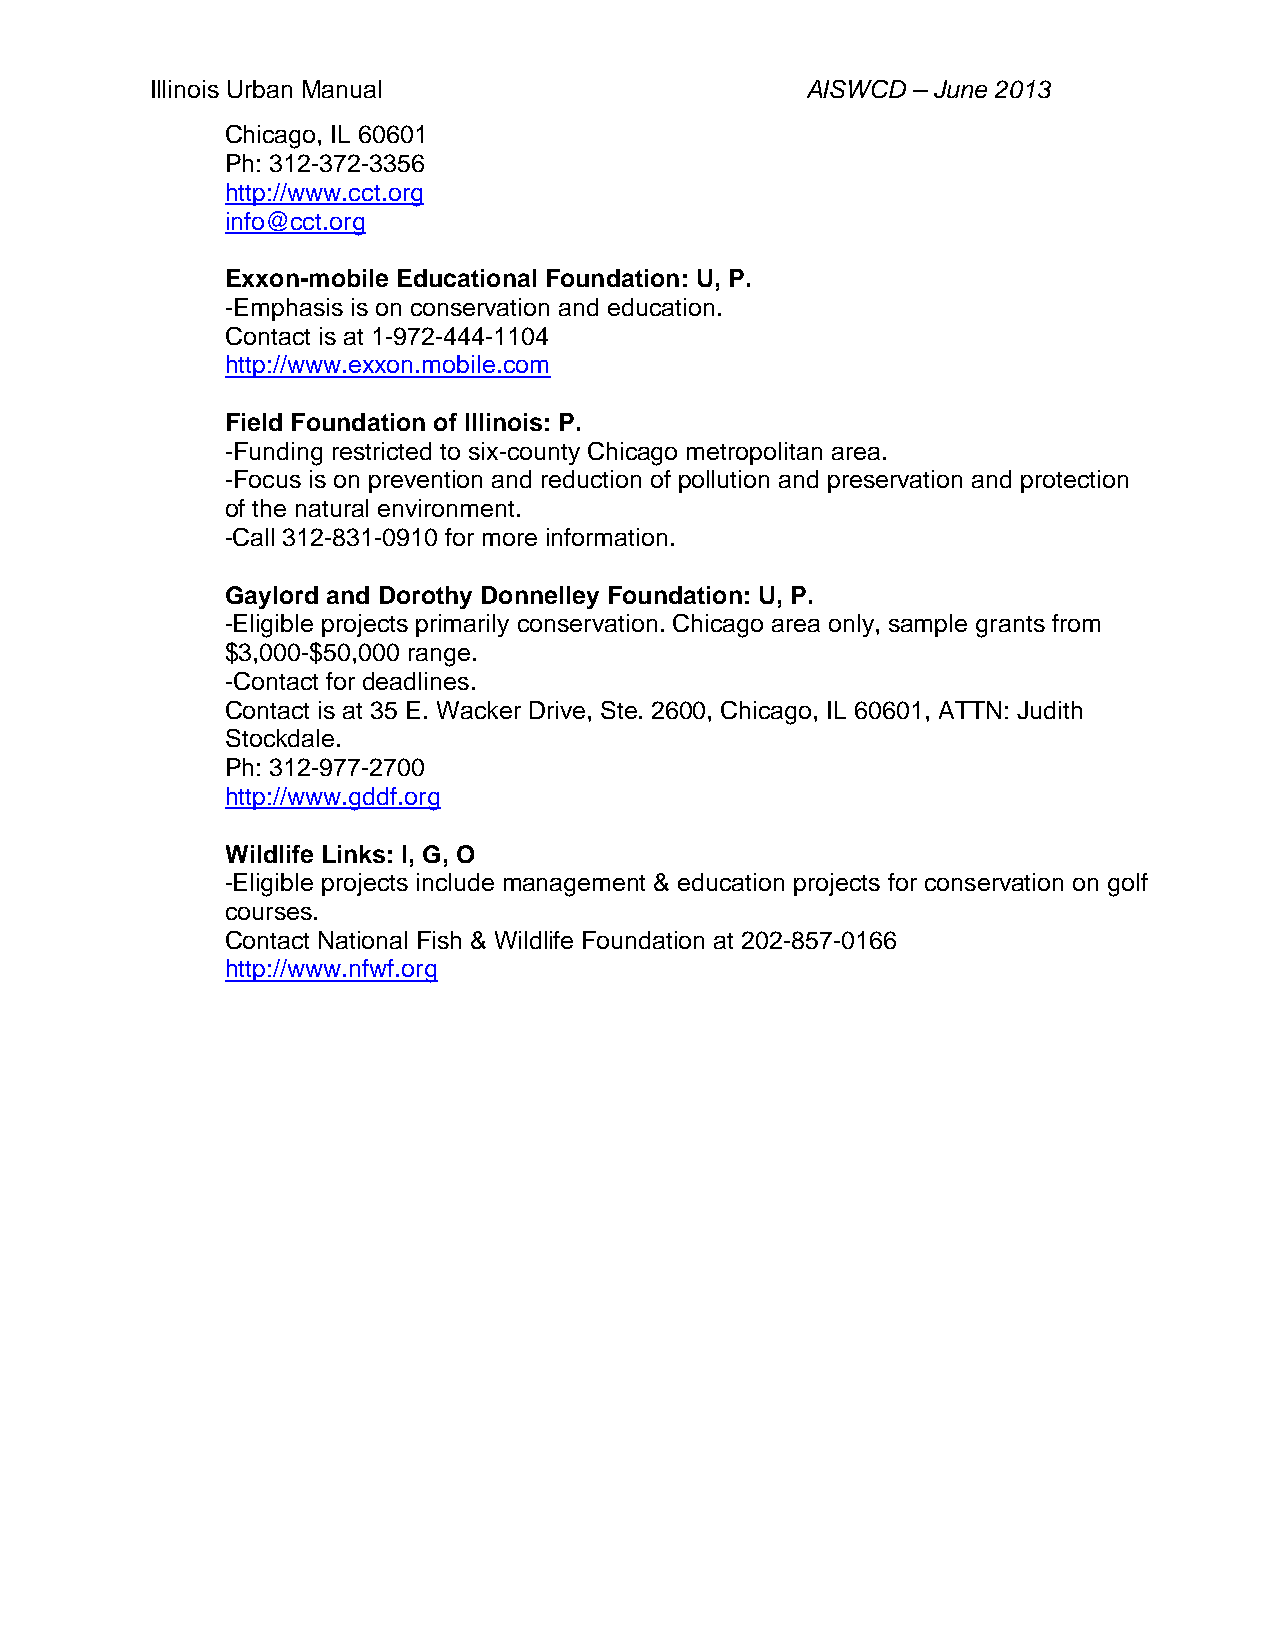
Illinois Urban Manual                      AISWCD – June 2013
 Chicago, IL 60601
 Ph: 312-372-3356
 http://www.cct.org
 info@cct.org
 Exxon-mobile Educational Foundation: U, P.
 -Emphasis is on conservation and education.
 Contact is at 1-972-444-1104
 http://www.exxon.mobile.com
 Field Foundation of Illinois: P.
 -Funding restricted to six-county Chicago metropolitan area.
 -Focus is on prevention and reduction of pollution and preservation and protection
 of the natural environment.
 -Call 312-831-0910 for more information.
 Gaylord and Dorothy Donnelley Foundation: U, P.
 -Eligible projects primarily conservation. Chicago area only, sample grants from
 $3,000-$50,000 range.
 -Contact for deadlines.
 Contact is at 35 E. Wacker Drive, Ste. 2600, Chicago, IL 60601, ATTN: Judith
 Stockdale.
 Ph: 312-977-2700
 http://www.gddf.org
 Wildlife Links: I, G, O
 -Eligible projects include management & education projects for conservation on golf
 courses.
 Contact National Fish & Wildlife Foundation at 202-857-0166
 http://www.nfwf.org